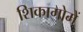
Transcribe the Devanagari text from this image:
शिकागोमें